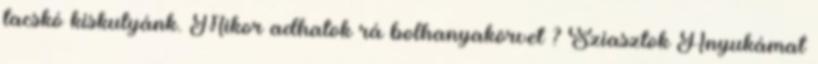
tacskó kiskutyánk. Mikor adhatok rá bolhanyakörvet ? Sziasztok Anyukámat